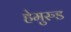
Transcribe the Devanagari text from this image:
हेमुरुड